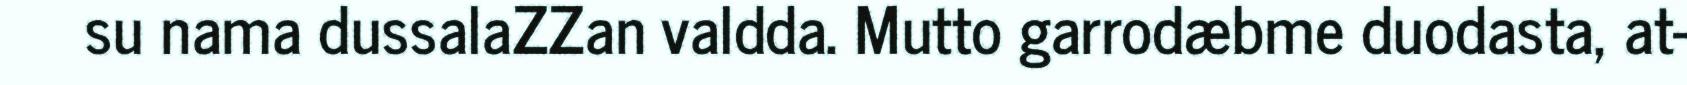
su nama dussalaZZan valdda. Mutto garrodæbme duodasta, at-